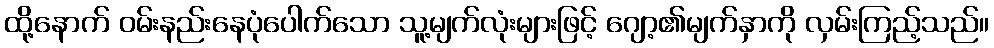
ထို့နောက် ဝမ်းနည်းနေပုံပေါက်သော သူ့မျက်လုံးများဖြင့် ဂျော့၏မျက်နှာကို လှမ်းကြည့်သည်။